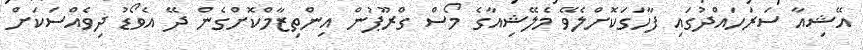
އޭޝިއާ ސަރަހައްދުގައި ފާހަގަކޮށްލެވޭ މެލޭޝިއާގެ މޯސް ގްރޫޕުން އިންތިޒާމްކޮށްގެން ދޭ އެވޯޑު ދިވެއްސަކަށް